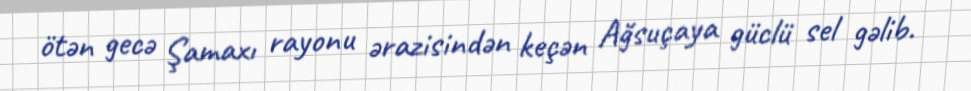
ötən gecə Şamaxı rayonu ərazisindən keçən Ağsuçaya güclü sel gəlib.